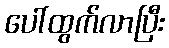
ပေါ်ထွက်လာပြီး